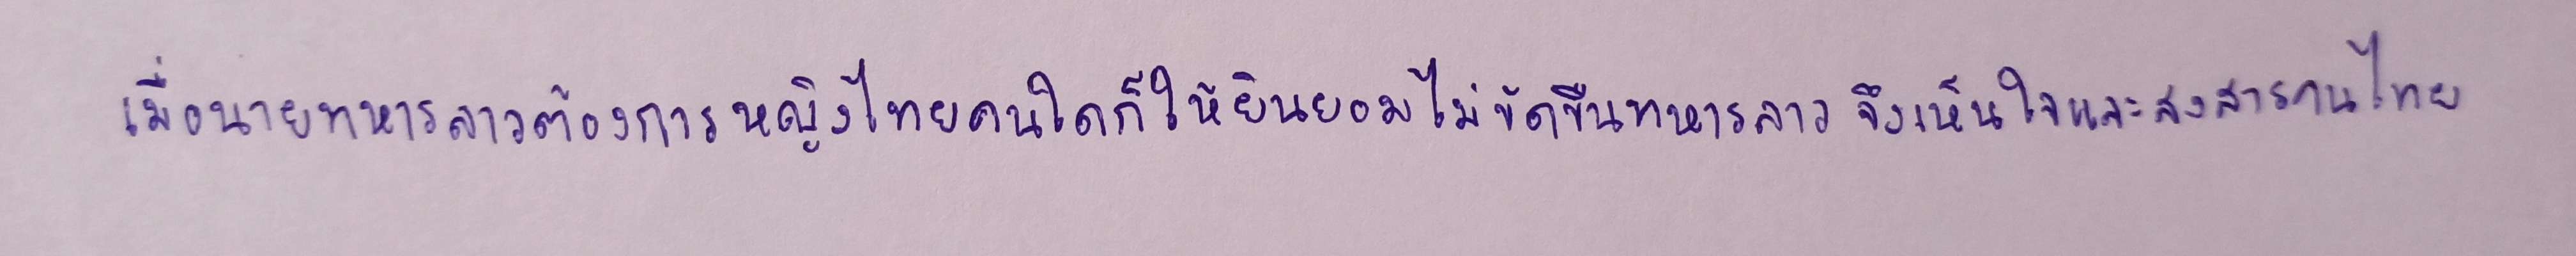
เมื่อนายทหารลาวต้องการหญิงไทยคนใดก็ให้ยินยอมไม่ขัดขืนทหารลาวจึงเห็นใจและสงสารคนไทย